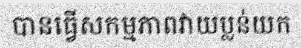
បានធ្វើសកម្មភាពវាយប្លន់យក